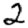
Digit: 2